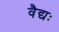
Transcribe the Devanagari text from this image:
वैद्यः